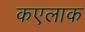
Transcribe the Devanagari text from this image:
कएलाक